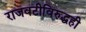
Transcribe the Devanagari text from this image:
राजवटीविरुद्धही